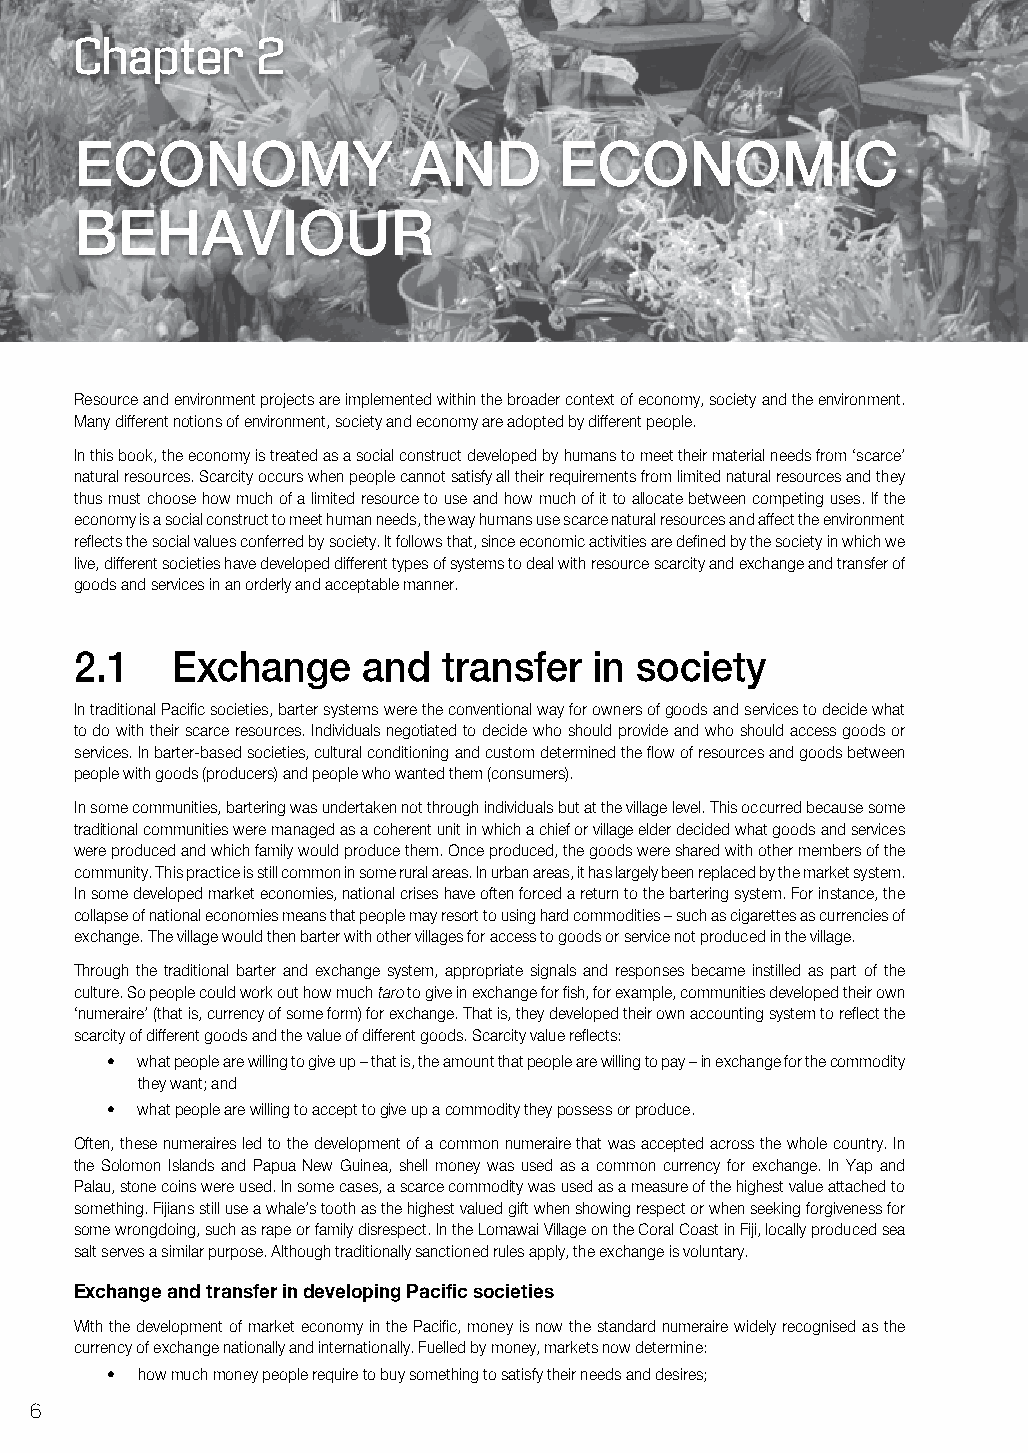
Chapter     2
 economy               and       economic
 behaVioUr
 Resource and environment projects are implemented within the broader context of economy, society and the environment.
 Many different notions of environment, society and economy are adopted by different people.
 In this book, the economy is treated as a social construct developed by humans to meet their material needs from ‘scarce’
 natural resources. Scarcity occurs when people cannot satisfy all their requirements from limited natural resources and they
 thus must choose how much of a limited resource to use and how much of it to allocate between competing uses. If the
 economy is a social construct to meet human needs, the way humans use scarce natural resources and affect the environment
 reflects the social values conferred by society. It follows that, since economic activities are defined by the society in which we
 live, different societies have developed different types of systems to deal with resource scarcity and exchange and transfer of
 goods and services in an orderly and acceptable manner.
 2.1   exchange     and  transfer  in society
 In traditional Pacific societies, barter systems were the conventional way for owners of goods and services to decide what
 to do with their scarce resources. Individuals negotiated to decide who should provide and who should access goods or
 services. In barter-based societies, cultural conditioning and custom determined the flow of resources and goods between
 people with goods (producers) and people who wanted them (consumers).
 In some communities, bartering was undertaken not through individuals but at the village level. This occurred because some
 traditional communities were managed as a coherent unit in which a chief or village elder decided what goods and services
 were produced and which family would produce them. Once produced, the goods were shared with other members of the
 community. This practice is still common in some rural areas. In urban areas, it has largely been replaced by the market system.
 In some developed market economies, national crises have often forced a return to the bartering system. For instance, the
 collapse of national economies means that people may resort to using hard commodities – such as cigarettes as currencies of
 exchange. The village would then barter with other villages for access to goods or service not produced in the village.
 Through the traditional barter and exchange system, appropriate signals and responses became instilled as part of the
 culture. So people could work out how much taro to give in exchange for fish, for example, communities developed their own
 ‘numeraire’ (that is, currency of some form) for exchange. That is, they developed their own accounting system to reflect the
 scarcity of different goods and the value of different goods. Scarcity value reflects:
 • what people are willing to give up – that is, the amount that people are willing to pay – in exchange for the commodity
 they want; and
 • what people are willing to accept to give up a commodity they possess or produce.
 Often, these numeraires led to the development of a common numeraire that was accepted across the whole country. In
 the Solomon Islands and Papua New Guinea, shell money was used as a common currency for exchange. In Yap and
 Palau, stone coins were used. In some cases, a scarce commodity was used as a measure of the highest value attached to
 something. Fijians still use a whale’s tooth as the highest valued gift when showing respect or when seeking forgiveness for
 some wrongdoing, such as rape or family disrespect. In the Lomawai Village on the Coral Coast in Fiji, locally produced sea
 salt serves a similar purpose. Although traditionally sanctioned rules apply, the exchange is voluntary.
 Exchange and transfer in developing Pacific societies
 With the development of market economy in the Pacific, money is now the standard numeraire widely recognised as the
 currency of exchange nationally and internationally. Fuelled by money, markets now determine:
 • how much money people require to buy something to satisfy their needs and desires;
 6